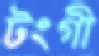
টংগী